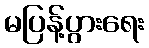
မပြန့်ပွားရေး